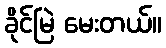
ခိုင်မြဲ မေးတယ်။